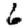
Digit: 6